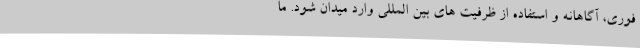
فوری، آگاهانه و استفاده از ظرفیت های بین المللی وارد میدان شود. ما